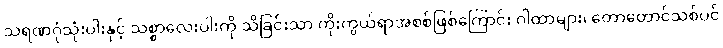
သရဏဂုံသုံးပါးနှင့် သစ္စာလေးပါးကို သိခြင်းသာ ကိုးကွယ်ရာအစစ်ဖြစ်ကြောင်း ဂါထာများ၊ တောတောင်သစ်ပင်